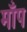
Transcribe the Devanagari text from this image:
माँप